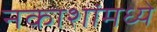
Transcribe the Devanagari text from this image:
नकाशांमध्ये